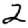
Digit: 2